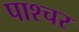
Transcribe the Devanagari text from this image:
पाश्‍चर